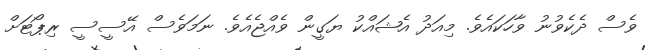
ވެސް ދެކެވުނު ވާހަކައެވެ. މިއަދު އެޝައްކު ޔަގީން ވެއްޖެއެވެ. ނަމަވެސް އޭސީސީ ރިޕޯޓަށް